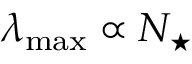
\lambda _ { \mathrm { m a x } } \propto N _ { \star }